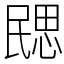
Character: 㥸